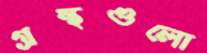
গ্রন্থগুলো